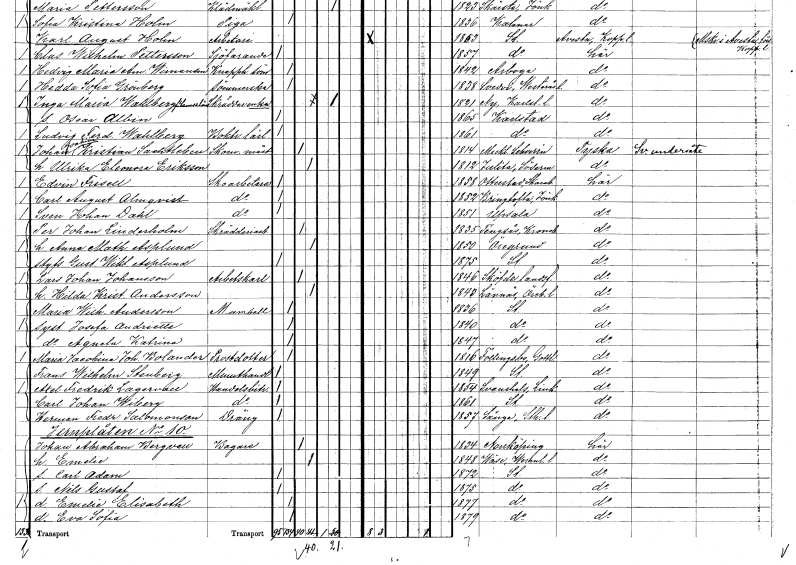
gt_parse: households: individuals: FN: Carl August
EN: Almqvist
YRKE: Skoarbetare
KON: M
CIV: O
FODAR: 1852
FODFORS: Bringetofta Jönköpings län
FN: Sven Johan
EN: Dahl
YRKE: Skoarbetare
KON: M
CIV: O
FODAR: 1851
FODFORS: Uppsala Uppsala län
FN: Per Johan
EN: Linderholm
YRKE: Skrädderiarbetare
KON: M
CIV: G
FODAR: 1835
FODFORS: Tingsås Kronobergs län
FN: Anna Mathilda
EN: Asplund
KON: K
CIV: G
FODAR: 1850
FODFORS: Öregrund Uppsala län
FN: Gustaf Wiktor
EN: Asplund
KON: M
CIV: O
FODAR: 1875
FODFORS: Stockholm
FN: Lars Johan
EN: Johansson
YRKE: Arbetskarl
KON: M
CIV: G
FODAR: 1846
FODFORS: Skövde landsförsamling Skaraborgs län
FN: Hilda Kristina
EN: Andersson
KON: K
CIV: G
FODAR: 1843
FODFORS: Lännäs Örebro län
FN: Maria Wilhelmina
EN: Andersson
KON: K
CIV: O
FODAR: 1836
FODFORS: Stockholm
FN: Josefa Andriette
KON: K
CIV: O
FODAR: 1840
FODFORS: Stockholm
FN: Agneta Katrina
KON: K
CIV: O
FODAR: 1847
FODFORS: Stockholm
FN: Maria Jacobina Johanna
EN: Bolander
YRKE: Prostdotter
KON: K
CIV: O
FODAR: 1816
FODFORS: Follingbo Gotlands län
FN: Frans Wilhelm
EN: Stenberg
YRKE: Minuthandlare
KON: M
CIV: O
FODAR: 1849
FODFORS: Stockholm
FN: Axel Fredrik
EN: Lagervall
YRKE: Handelsbiträde
KON: M
CIV: O
FODAR: 1854
FODFORS: Svanshals Östergötlands län
FN: Carl Johan
EN: Wiberg
YRKE: Handelsbiträde
KON: M
CIV: O
FODAR: 1861
FODFORS: Stockholm
FN: Herman Fredrik
EN: Salomonson
YRKE: Dräng
KON: M
CIV: O
FODAR: 1857
FODFORS: Sånga Stockholms län
FN: Johan Abraham
EN: Bergvall
YRKE: Bagare
KON: M
CIV: G
FODAR: 1834
FODFORS: Norrköping Östergötlands län
FN: Emelie
KON: K
CIV: G
FODAR: 1848
FODFORS: Väse Värmlands län
FN: Carl Adam
KON: M
CIV: O
FODAR: 1872
FODFORS: Stockholm
FN: Nils Gustaf
KON: M
CIV: O
FODAR: 1875
FODFORS: Stockholm
FN: Emelie Elisabeth
KON: K
CIV: O
FODAR: 1877
FODFORS: Stockholm
FN: Eva Sofia
KON: K
CIV: O
FODAR: 1879
FODFORS: Stockholm